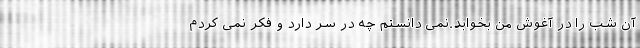
آن شب را در آغوش من بخوابد.نمی دانستم چه در سر دارد و فکر نمی کردم